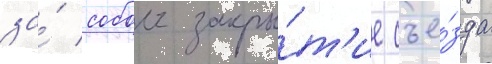
за́ собои закры́т'ие съе́зда